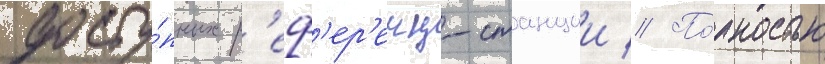
досту́пных р'еф'ер'енц-станции // По́лностью